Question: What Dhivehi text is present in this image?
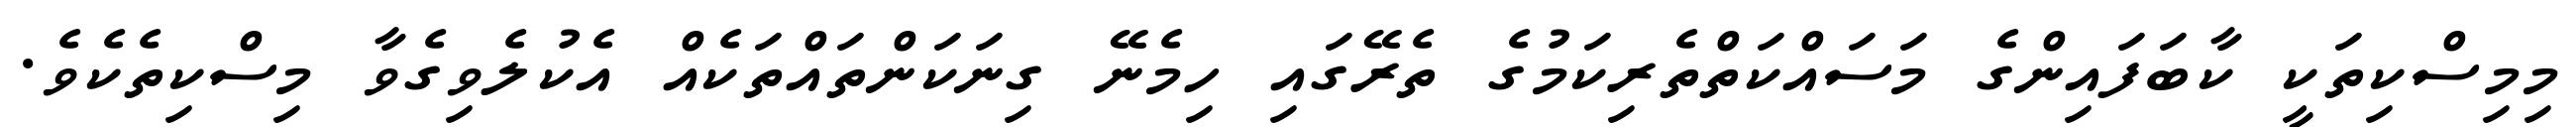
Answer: މިމިސްކިތަކީ ކާބަފައިންގެ މަސައްކަތްތެރިކަމުގެ ތެރޭގައި ހިމެނޭ ގިނަކަންތައްތަކެއް އެކުލެވިގެވާ މިސްކިތެކެވެ.